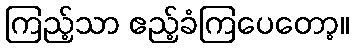
ကြည့်သာ ဧည့်ခံကြပေတော့။